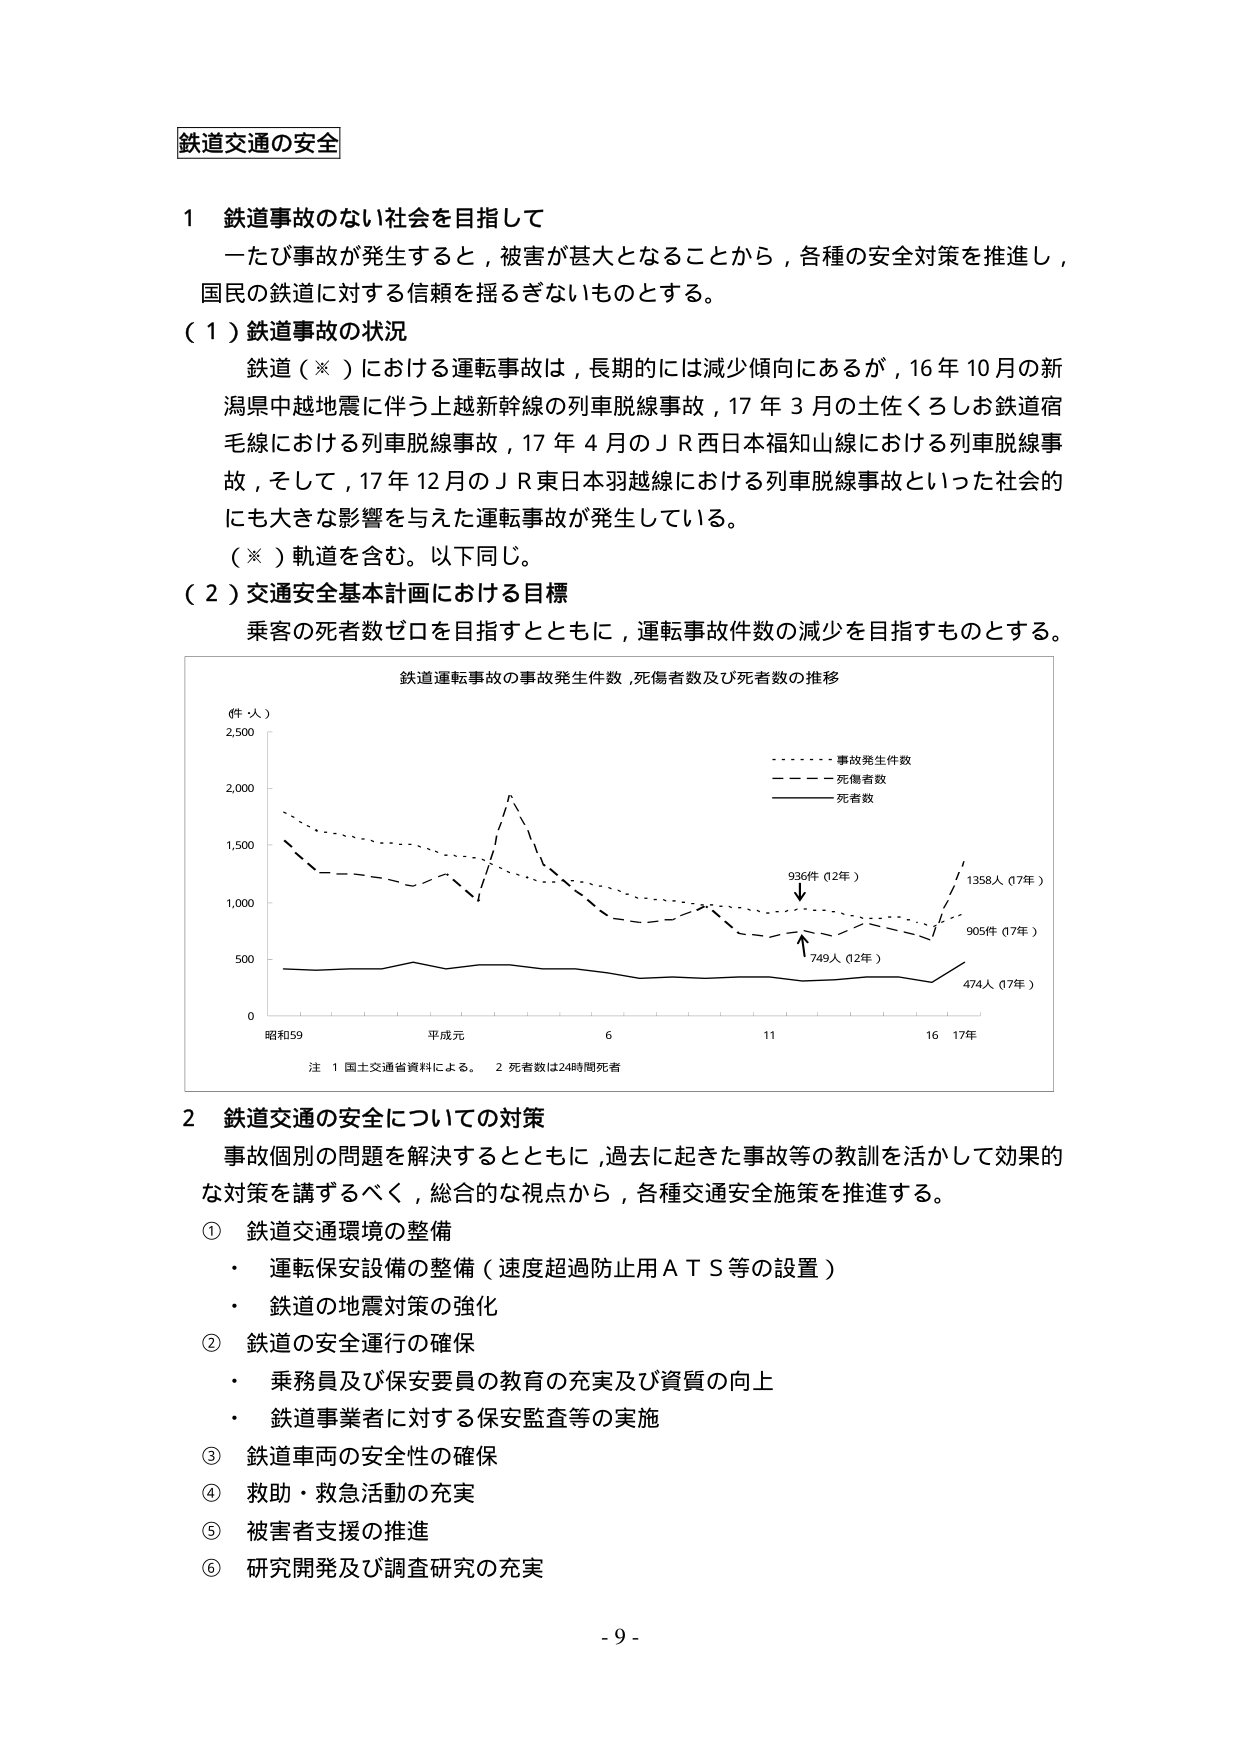
鉄道交通の安全

1 鉄道事故のない社会を目指して
一たび事故が発生すると，被害が甚大となることから，各種の安全対策を推進し，
国民の鉄道に対する信頼を揺るぎないものとする。

（１）鉄道事故の状況
鉄道（※）における運転事故は，長期的には減少傾向にあるが，16年10月の新
潟県中越地震に伴う上越新幹線の列車脱線事故，17年3月の土佐くろしお鉄道宿
毛線における列車脱線事故，17年4月のＪＲ西日本福知山線における列車脱線事
故，そして，17年12月のＪＲ東日本羽越線における列車脱線事故といった社会的
にも大きな影響を与えた運転事故が発生している。
（※）軌道を含む。以下同じ。

（２）交通安全基本計画における目標
乗客の死者数ゼロを目指すとともに，運転事故件数の減少を目指すものとする。

鉄道運転事故の事故発生件数，死傷者数及び死者数の推移
（件・人）
2,500
2,000
1,500
1,000
500
0
昭和59 平成元 6 11 16 17年
注 1 国土交通省資料による。 2 死者数は24時間死者
- - - - - - 事故発生件数
- - - - 死傷者数
- - - - - 死者数
936件（12年）
749人（12年）
1358人（17年）
905件（17年）
474人（17年）

2 鉄道交通の安全についての対策
事故個別の問題を解決するとともに，過去に起きた事故等の教訓を活かして効果的
な対策を講ずるべく，総合的な視点から，各種交通安全施策を推進する。
① 鉄道交通環境の整備
・ 運転保安設備の整備（速度超過防止用ＡＴＳ等の設置）
・ 鉄道の地震対策の強化
② 鉄道の安全運行の確保
・ 乗務員及び保安要員の教育の充実及び資質の向上
・ 鉄道事業者に対する保安監査等の実施
③ 鉄道車両の安全性の確保
④ 救助・救急活動の充実
⑤ 被害者支援の推進
⑥ 研究開発及び調査研究の充実

- 9 -